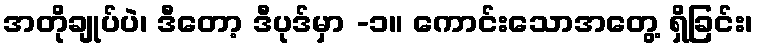
အတိုချုပ်ပဲ၊ ဒီတော့ ဒီပုဒ်မှာ -၁။ ကောင်းသောအတွေ့ ရှိခြင်း၊